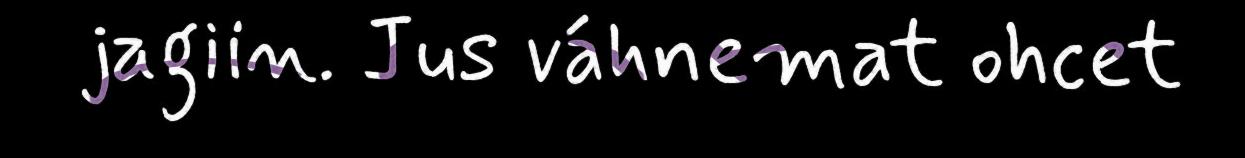
jagiin. Jus váhnemat ohcet